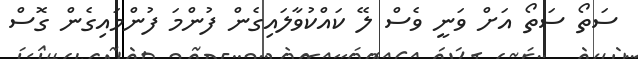
ސަތޯ ސަތޯ އަށް ވަނީ ވެސް ލޭ ކައްކުވާލައިގެން ފުންމަ ފުންމައިގެން ގޮސް